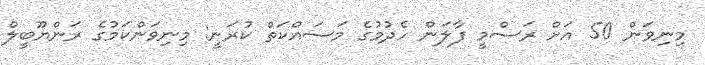
މިނިވަން 50 އަށް ރަސްމީ ފާލަން ހެދުމުގެ މަަސައްކަތް ކުރަނީ: މިނިވަންކަމުުގެ ރަންޔޫބީލް